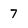
Character: 7